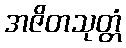
အဇိတသုတ္တံ